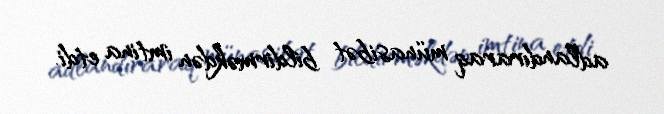
adlandıraraq münasibət bildirməkdən imtina etdi.